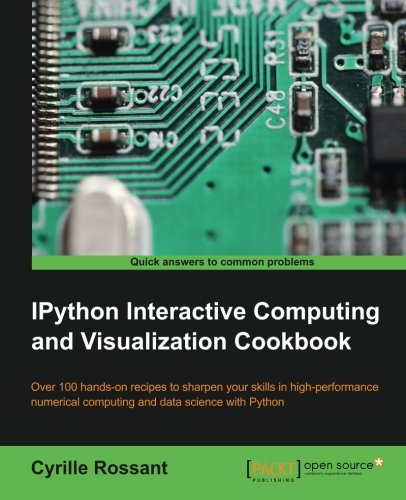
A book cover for IPython Interactive Computing and Visualization Cookbook; Cyrille Rossant; Computers & Technology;